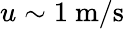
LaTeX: u\sim 1~\textrm{m}/\textrm{s}